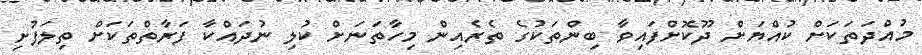
މުއްދަތަކަށް ކުއްޔަށް ދޫކޮށްފައިވާ ބިންތަކުގެ ތެރެއިން މިހާތަނަށް ކުލި ނުދައްކާ ފަރާތްތަކަށް ތިލަފުށި